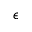
\epsilon